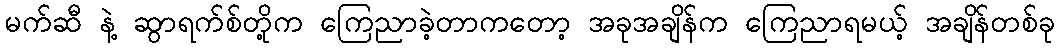
မက်ဆီ နဲ့ ဆွာရက်စ်တို့က ကြေညာခဲ့တာကတော့ အခုအချိန်က ကြေညာရမယ့် အချိန်တစ်ခု